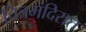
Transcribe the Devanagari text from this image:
चित्रमंदिरात